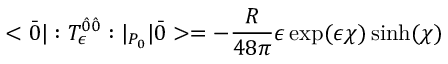
< \bar { 0 } | : T _ { \epsilon } ^ { \hat { 0 } \hat { 0 } } : | _ { P _ { 0 } } | \bar { 0 } > = - \frac { R } { 4 8 \pi } \epsilon \exp ( \epsilon \chi ) \sinh ( \chi )